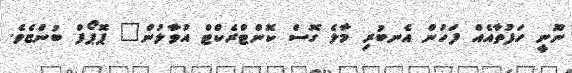
ނޫނީ ހަފުތާއެއް ފަހުން އެނބުރި މާލެ ގޮސް ކޮންޓްރެކްޓް އުވާލުން" ޕޮޕޯފް ބުންޏެވެ.